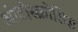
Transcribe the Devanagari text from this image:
ओटोस्क्रोसिस